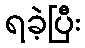
ရခဲ့ပြီး